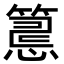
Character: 𥲅